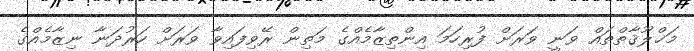
މަޚްލޫޤާތްތައް ވަނީ ވަރަށް ފުރިހަމަ އިންތިޒާމެއްގެ މަތިން ރޭވިފައިވާ ވަރަށް ހަރުދަނާ ނިޒާމެއްގެ